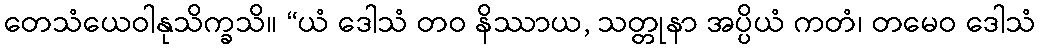
တေသံယေဝါနုသိက္ခသိ။ “ယံ ဒေါသံ တဝ နိဿာယ, သတ္တုနာ အပ္ပိယံ ကတံ၊ တမေဝ ဒေါသံ